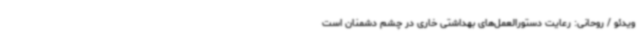
ویدئو / روحانی: رعایت دستورالعمل‌های بهداشتی خاری در چشم دشمنان است